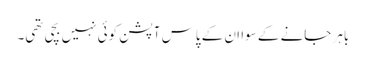
باہر جانے کے سوا ان کے پاس آپشن کوئی نہیں بچی تھی۔